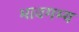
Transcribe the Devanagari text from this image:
भावगम्य